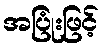
အပြုံးဖြင့်